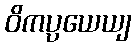
ဝိကပ္ပယေယျ